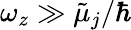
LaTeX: \omega_{z}\gg\tilde{\mu}_{j}/\hbar